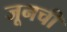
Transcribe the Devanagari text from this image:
जूनची